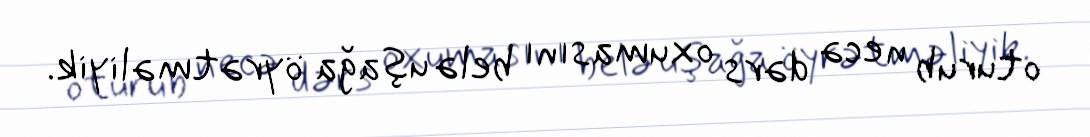
oturub necə dərs oxumasını belə uşağa öyrətməliyik.